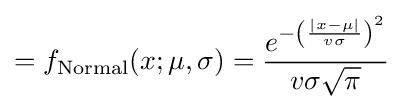
=f_{\text{Normal}}(x;\mu ,\sigma )={\frac {e^{-\left({\frac {|x-\mu |}{v\sigma }}\right)^{2}}}{v\sigma {\sqrt {\pi }}}}